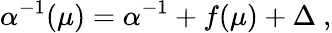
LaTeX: \alpha^{-1}(\mu)=\alpha^{-1}+f(\mu)+\Delta~,